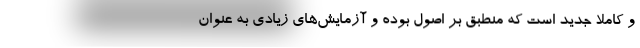
و کاملا جدید است که منطبق بر اصول بوده و آزمایش‌های زیادی به عنوان